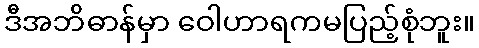
ဒီအဘိဓာန်မှာ ဝေါဟာရကမပြည့်စုံဘူး။